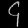
Digit: ၄